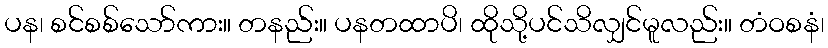
ပန၊ စင်စစ်သော်ကား။ တနည်း။ ပနတထာပိ၊ ထိုသို့ပင်သိလျှင်မူလည်း။ တံဝစနံ၊